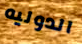
الدوليه